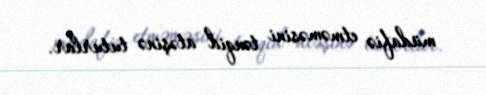
müdafiə etməməsini tənqid atəşinə tuturlar.